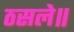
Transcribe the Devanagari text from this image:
ठसले॥